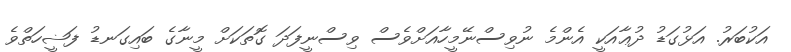
އަކުބަރު. އަޅުގަޑު ދުޢާއަކީ އެންމެ ނުވިސްނޭމީހާއަށްވެސް ވިސްނީފަދަ ގޮތަކަށް މީނާގެ ބައިގަނޑު ފަޟީހަތްވެ